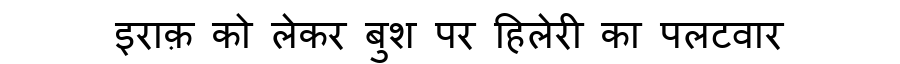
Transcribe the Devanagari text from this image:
इराक़ को लेकर बुश पर हिलेरी का पलटवार